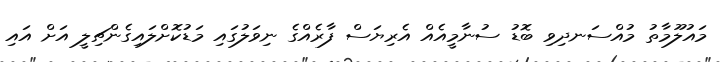
މައުލޫމާތު މުއްސަނދިވި ބޮޑު ސުނާމީއެއް އެރިޔަސް ފާރެއްގެ ނިވަލުގައި މަޑުކޮށްލައިގެންޗިލީ އަށް އައި